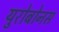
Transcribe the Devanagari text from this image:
युरोबोनस